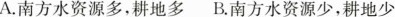
A.南方水资源多，耕地多 B.南方水资源少，耕地少